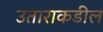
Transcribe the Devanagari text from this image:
उताराकडील